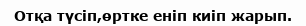
Отқа түсіп,өртке еніп киіп жарып.